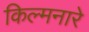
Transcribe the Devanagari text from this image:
किल्मनारे